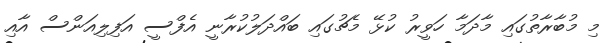
މި މުބާރާތުގައި މާދަމާ ހަވީރު ކުޅޭ މެޗުގައި ބައްދަލުކުރާނީ އެފްސީ އަފިލިއަންސް އާއި